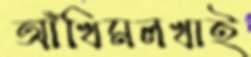
আঁখিমলখাই